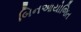
બિનઆયોજિત